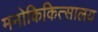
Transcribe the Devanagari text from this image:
मनोकिकित्सालय